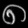
Digit: ၈